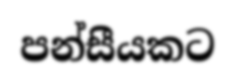
පන්සීයකට